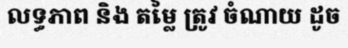
លទ្ធភាព និង តម្លៃ ត្រូវ ចំណាយ ដូច